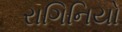
રાગિનિયો